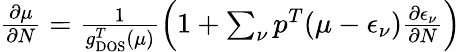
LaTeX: \begin{array}{r}{\frac{\partial\mu}{\partial N}=\frac{1}{g_{\mathrm{DOS}}^{T}(\mu)}\left(1+\sum_{\nu}p^{T}(\mu-\epsilon_{\nu})\frac{\partial\epsilon_{\nu}}{\partial N}\right)}\end{array}